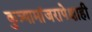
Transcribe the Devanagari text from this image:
कुत्र्यामांजरापेक्षाही